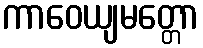
ကာဝေယျမတ္တော